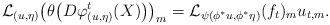
LaTeX: \begin{align*} \mathcal{L}_{(u,\eta)}\big( \theta\big(D \varphi^t_{(u,\eta)}(X)\big)\big)_m =\mathcal{L}_{\psi(\phi^*u,\phi^*\eta)}(f_t)_mu_{t,m}. \end{align*}